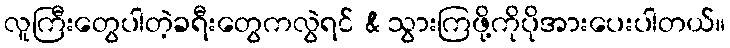
လူကြီးတွေပါတဲ့ခရီးတွေကလွဲရင် & သွားကြဖို့ကိုပိုအားပေးပါတယ်။